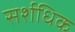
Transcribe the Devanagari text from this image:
सर्शधिक